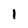
Character: 1